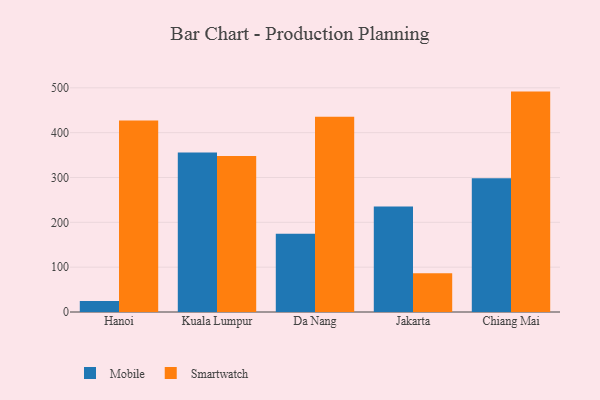
{"axis": {"x": "City", "y": "Website Visitors"}, "legend": ["Mobile", "Smartwatch"], "data": [{"x": "Hanoi", "y": 24.8, "type": "Mobile"}, {"x": "Hanoi", "y": 427.0, "type": "Smartwatch"}, {"x": "Kuala Lumpur", "y": 356.0, "type": "Mobile"}, {"x": "Kuala Lumpur", "y": 348.1, "type": "Smartwatch"}, {"x": "Da Nang", "y": 174.6, "type": "Mobile"}, {"x": "Da Nang", "y": 435.3, "type": "Smartwatch"}, {"x": "Jakarta", "y": 235.4, "type": "Mobile"}, {"x": "Jakarta", "y": 86.3, "type": "Smartwatch"}, {"x": "Chiang Mai", "y": 298.3, "type": "Mobile"}, {"x": "Chiang Mai", "y": 491.6, "type": "Smartwatch"}]}